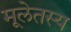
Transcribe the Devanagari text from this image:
मूलेतस्य